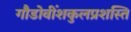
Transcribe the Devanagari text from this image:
गौडोवींशकुलप्रशस्ति